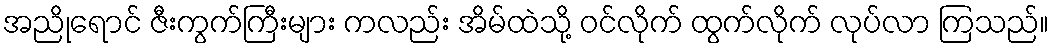
အညိုရောင် ဇီးကွက်ကြီးများ ကလည်း အိမ်ထဲသို့ ဝင်လိုက် ထွက်လိုက် လုပ်လာ ကြသည်။